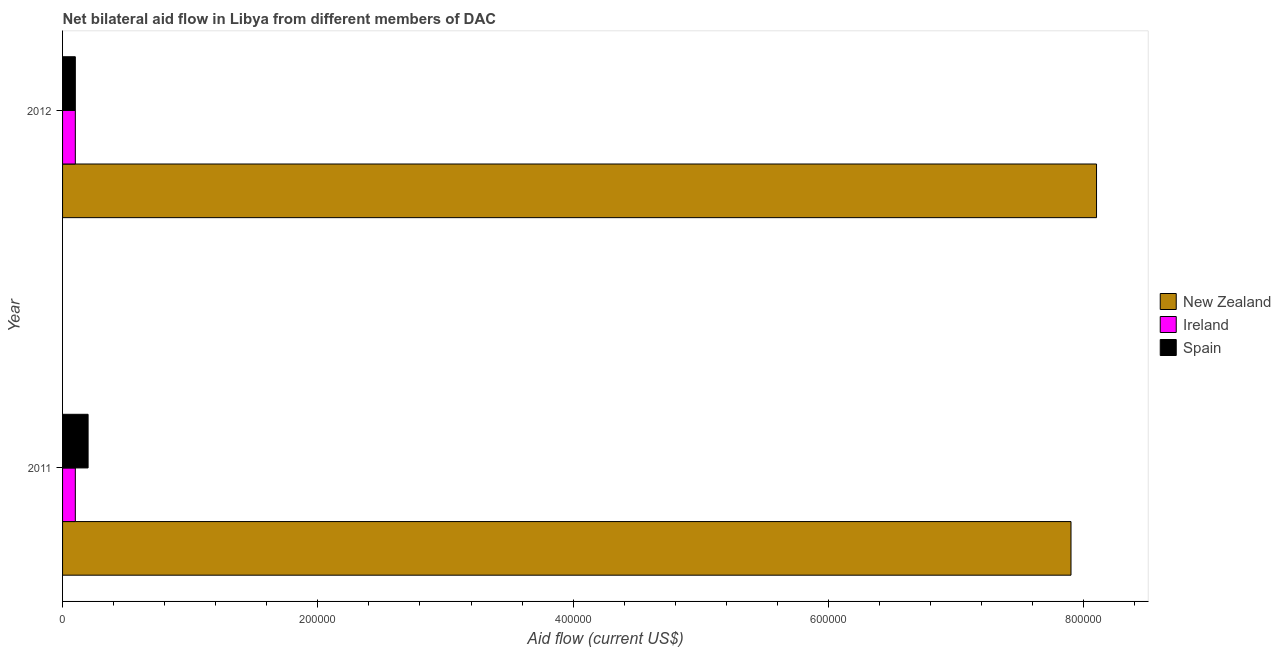
| Year | New Zealand | Ireland | Spain |
 | --- | --- | --- | --- |
 | 2011 | 7.9e+05 | 1e+04 | 2e+04 |
 | 2012 | 8.1e+05 | 1e+04 | 1e+04 |